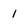
Character: 1